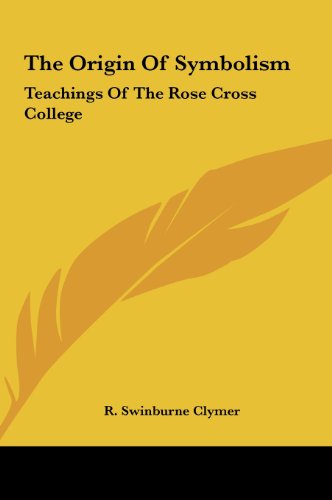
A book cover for The Origin Of Symbolism: Teachings Of The Rose Cross College; R. Swinburne Clymer; Computers & Technology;